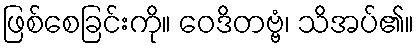
ဖြစ်စေခြင်းကို။ ဝေဒိတဗ္ဗံ၊ သိအပ်၏။